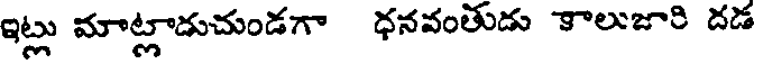
ఇట్లు మాట్లాడుచుండగా ధనవంతుడు కాలుజారి దడ